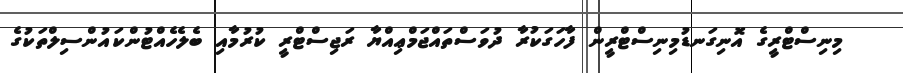
މިނިސްޓްރީގެ އޮނިގަނޑުމިނިސްޓްރީން ފާހަގަކުރާ ދުވަސްތައްޖަމްޢިއްޔާ ރަޖިސްޓްރީ ކުރުމާއި ބެލެހެއްޓުންކައުންސިލްތަކުގެ